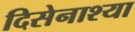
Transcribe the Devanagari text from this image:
दिसेनाश्या